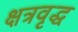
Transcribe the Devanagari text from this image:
क्षत्रवृद्ध